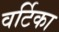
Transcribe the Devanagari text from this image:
वर्टिका